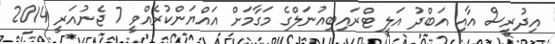
އިދުރީސް އާއި އަބްދު އަލީ ޓްރައިބިއުނަލްގެ މަގާމަށް އައްޔަންކުރެއްވީ 7 ޖެނުއަރީ 2014